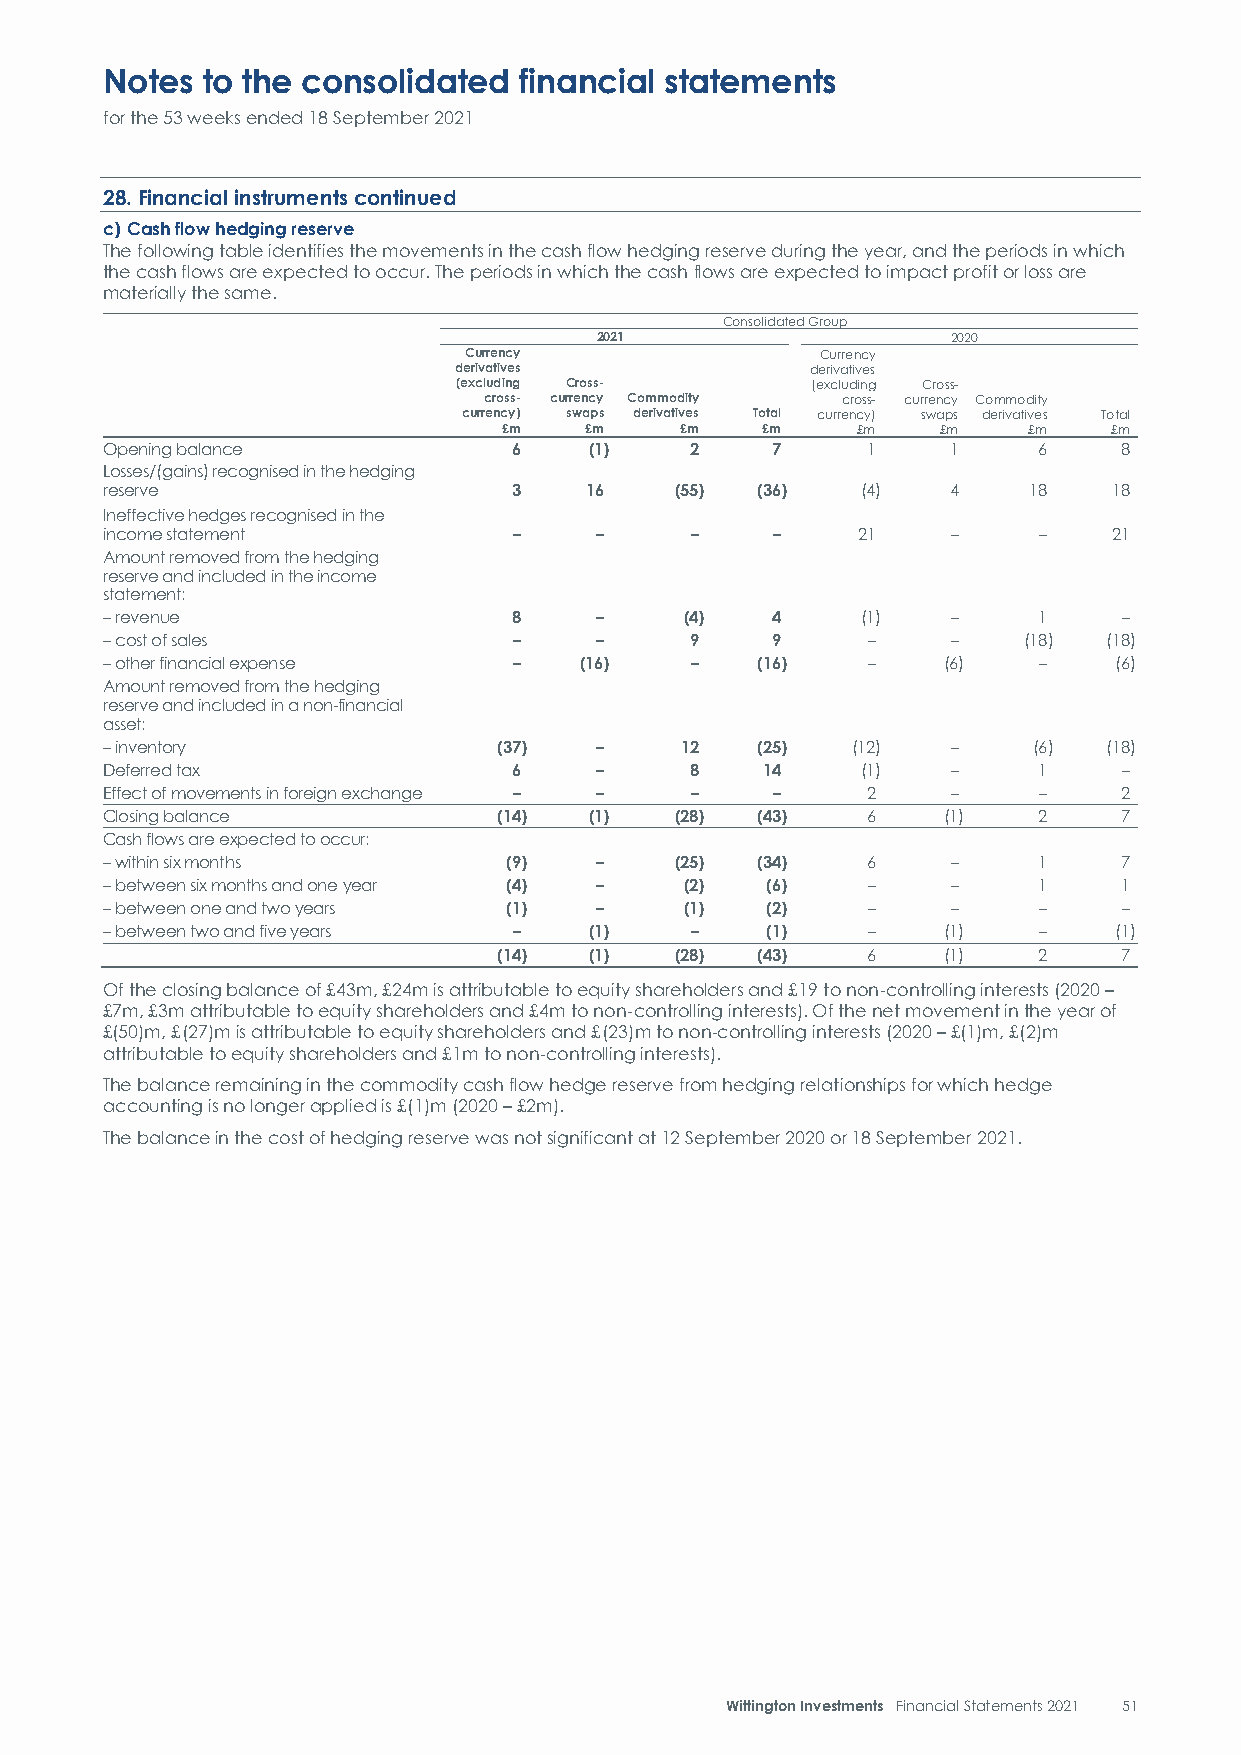
Notes to the consolidated  financial statements
 for the 53 weeks ended 18 September 2021
 28. Financial instruments continued
 c) Cash flow hedging reserve
 The following table identifies the movements in the cash flow hedging reserve during the year, and the periods in which
 the cash flows are expected to occur. The periods in which the cash flows are expected to impact profit or loss are
 materially the same.
 Consolidated Group
 2021                    2020
 Currency               Currency
 derivatives             derivatives
 (excluding Cross-       (excluding Cross-
 cross- currency Commodity cross- currency Commodity
 currency) swaps derivatives Total currency) swaps derivatives Total
 £m    £m    £m   £m     £m   £m    £m    £m
 Opening balance            6    (1)    2    7     1     1     6    8
 Losses/(gains) recognised in the hedging
 reserve                    3    16    (55) (36)   (4)   4    18    18
 Ineffective hedges recognised in the
 income statement           –    –      –    –     21    –     –    21
 Amount removed from the hedging
 reserve and included in the income
 statement:
 – revenue                  8    –     (4)   4     (1)   –     1    –
 – cost of sales            –    –      9    9     –     –    (18) (18)
 – other financial expense  –   (16)    –   (16)   –    (6)    –    (6)
 Amount removed from the hedging
 reserve and included in a non-financial
 asset:
 – inventory               (37)  –     12   (25)  (12)   –    (6)  (18)
 Deferred tax               6    –      8    14    (1)   –     1    –
 Effect of movements in foreign exchange – – – –   2     –     –    2
 Closing balance           (14)  (1)   (28) (43)   6    (1)    2    7
 Cash flows are expected to occur:
 – within six months       (9)   –     (25) (34)   6     –     1    7
 – between six months and one year (4) – (2) (6)   –     –     1    1
 – between one and two years (1) –     (1)   (2)   –     –     –    –
 – between two and five years –  (1)    –    (1)   –    (1)    –    (1)
 (14)  (1)   (28) (43)   6    (1)    2    7
 Of the closing balance of £43m, £24m is attributable to equity shareholders and £19 to non-controlling interests (2020 –
 £7m, £3m attributable to equity shareholders and £4m to non-controlling interests). Of the net movement in the year of
 £(50)m, £(27)m is attributable to equity shareholders and £(23)m to non-controlling interests (2020 – £(1)m, £(2)m
 attributable to equity shareholders and £1m to non-controlling interests).
 The balance remaining in the commodity cash flow hedge reserve from hedging relationships for which hedge
 accounting is no longer applied is £(1)m (2020 – £2m).
 The balance in the cost of hedging reserve was not significant at 12 September 2020 or 18 September 2021.
 Wittington Investments Financial Statements 2021 51